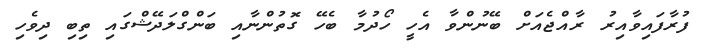
ފުރާފައިވާއިރު ރާއްޖެއަށް ބޭނުންވާ އެހީ ހޯދުމާ ބެހޭ ގޮތުންނާއި ބަންގްލަދޭޝްގައި ތިބި ދިވެހި